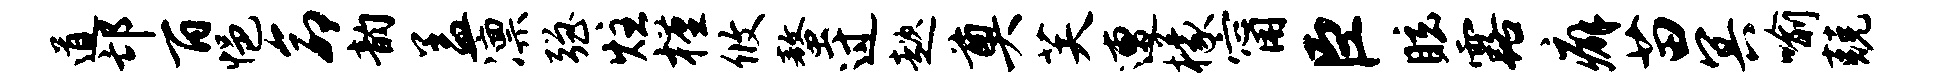
道邙百悒命韵盖凛强炷槿攸螯过趑奠芙遭檬甯臣眩露癖苗冥喻兢